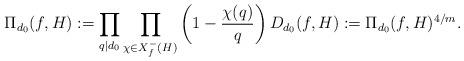
LaTeX: \begin{align*}\Pi_{d_0}(f,H):=\prod_{q\mid d_0}\prod_{\chi\in X_f^-(H)}\left (1-\frac{\chi(q)}{q}\right )D_{d_0}(f,H):=\Pi_{d_0}(f,H)^{4/m}.\end{align*}